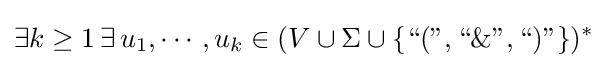
\exists k\geq 1\,\exists \,u_{1},\cdots ,u_{k}\in (V\cup \Sigma \cup \{{\text{“(”}},{\text{“}}\&{\text{”}},{\text{“)”}}\})^{*}